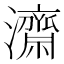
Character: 𭳯